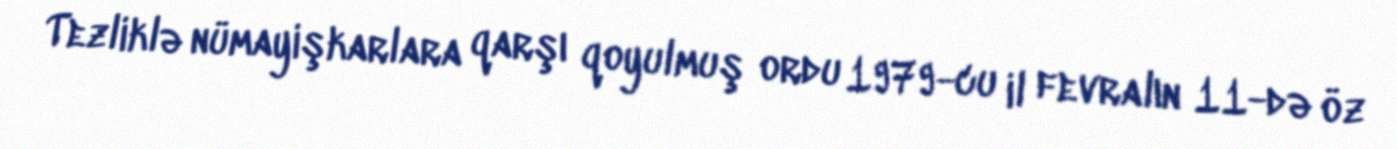
Tezliklə nümayişkarlara qarşı qoyulmuş ordu 1979-cu il fevralın 11-də öz